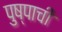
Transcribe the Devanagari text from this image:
पुष्पाची